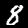
Label: 8